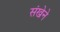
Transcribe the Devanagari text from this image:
संखेने